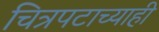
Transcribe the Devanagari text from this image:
चित्रपटाच्याही